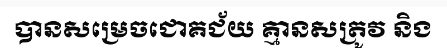
បានសម្រេចជោគជ័យ គ្មានសត្រូវ និង